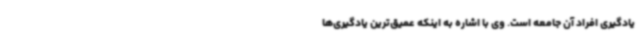
یادگیری افراد آن جامعه است. وی با اشاره به اینکه عمیق‌ترین یادگیری‌ها